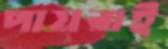
পায়রাই